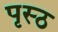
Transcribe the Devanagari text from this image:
पृस्ठ